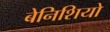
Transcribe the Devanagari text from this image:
बेनिशियो